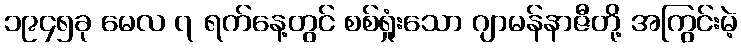
၁၉၄၅ခု မေလ ၇ ရက်နေ့တွင် စစ်ရှုံးသော ဂျာမန်နာဇီတို့ အကြွင်းမဲ့